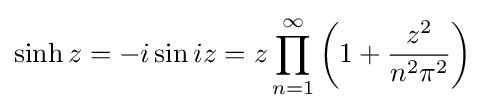
\sinh z=-i\sin iz=z\prod _{n=1}^{\infty }\left(1+{\frac {z^{2}}{n^{2}\pi ^{2}}}\right)